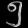
Digit: ၅